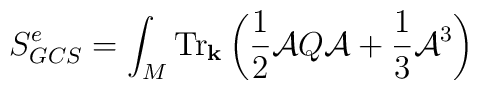
\displaystyle{S^e_{GCS}= \int_M \mbox{Tr}_{\bf k}         \left( \frac{1}{2}{\cal A}Q{\cal A}+\frac{1}{3}{\cal A}^3 \right)}